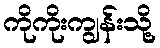
ကိုကိုးကျွန်းသို့